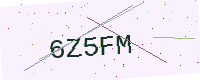
Text: 6Z5FM